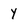
Character: Y